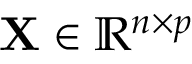
\mathbf { X } \in \mathbb { R } ^ { n \times p }